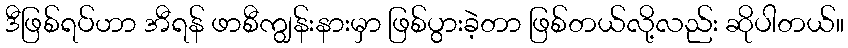
ဒီဖြစ်ရပ်ဟာ အီရန် ဖာစီကျွန်းနားမှာ ဖြစ်ပွားခဲ့တာ ဖြစ်တယ်လို့လည်း ဆိုပါတယ်။